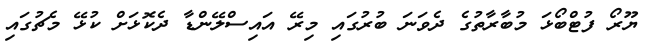
ޔޫރޯ ފުޓްބޯޅަ މުބާރާތުގެ ދެވަނަ ބުރުގައި މިރޭ އައިސްލޭންޑާ ދެކޮޅަށް ކުޅޭ މެޗުގައި